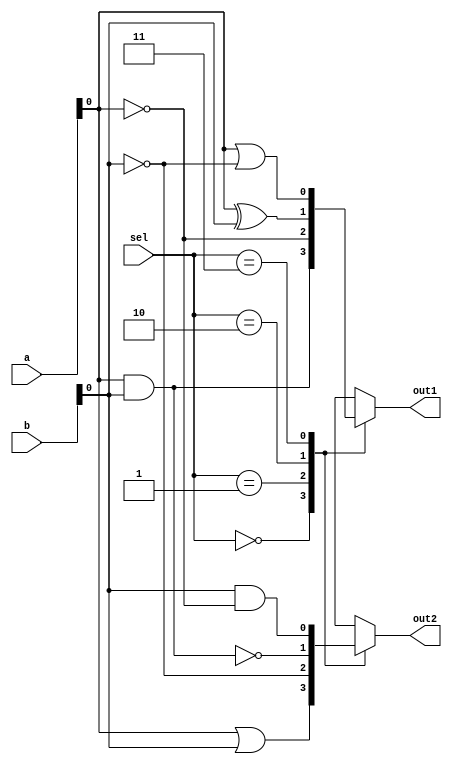
module CombinationalLogicBlock (
    input wire [3:0] a,          // Input signals
    input wire [3:0] b,
    input wire [1:0] sel,        // Control signal for multiplexing
    output wire out1,            // Output for function 1
    output wire out2             // Output for function 2
);

// Shared Logic Resources
wire and_ab;                    // AND gate output
wire or_ab;                     // OR gate output
wire not_a;                     // NOT gate output
wire not_b;                     // NOT gate output

// Logic Operations
assign and_ab = a & b;         // AND operation
assign or_ab = a | b;          // OR operation
assign not_a = ~a;             // NOT operation on a
assign not_b = ~b;             // NOT operation on b

// Multiplexer for output selection
always @(*) begin
    case (sel)
        2'b00: begin
            out1 = and_ab;      // Output for function 1 (AND)
            out2 = or_ab;       // Output for function 2 (OR)
        end
        2'b01: begin
            out1 = not_a;      // Output for function 1 (NOT a)
            out2 = not_b;      // Output for function 2 (NOT b)
        end
        2'b10: begin
            out1 = a ^ b;      // Output for function 1 (XOR)
            out2 = a ~& b;     // Output for function 2 (NAND)
        end
        2'b11: begin
            out1 = a | not_b;  // Output for function 1 (a OR NOT b)
            out2 = b & not_a;  // Output for function 2 (b AND NOT a)
        end
        default: begin
            out1 = 1'b0;       // Default case
            out2 = 1'b0;
        end
    endcase
end

endmodule